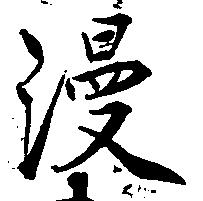
漫